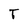
Character: T